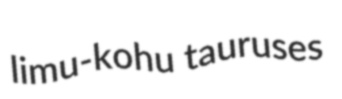
limu-kohu tauruses